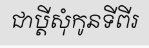
ជាប្តីសុំកូនទីពីរ